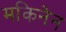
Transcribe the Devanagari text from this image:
मकिनेन